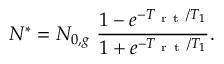
N ^ { * } = N _ { 0 , g } \ \frac { 1 - e ^ { - T _ { \mathrm { ~ r ~ t ~ } } / T _ { 1 } } } { 1 + e ^ { - T _ { \mathrm { ~ r ~ t ~ } } / T _ { 1 } } } .